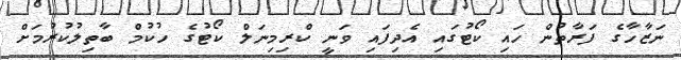
ނަޒާހާގެ ފަރާތުން ހައި ކޯޓުގައި އެދިފައި ވަނީ ކްރިމިނަލް ކޯޓުގެ ހުކުމް ބާތިލުކުރުމަށް